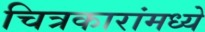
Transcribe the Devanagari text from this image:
चित्रकारांमध्ये